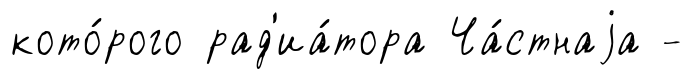
кото́рого рад'иа́тора Ча́стнаjа -